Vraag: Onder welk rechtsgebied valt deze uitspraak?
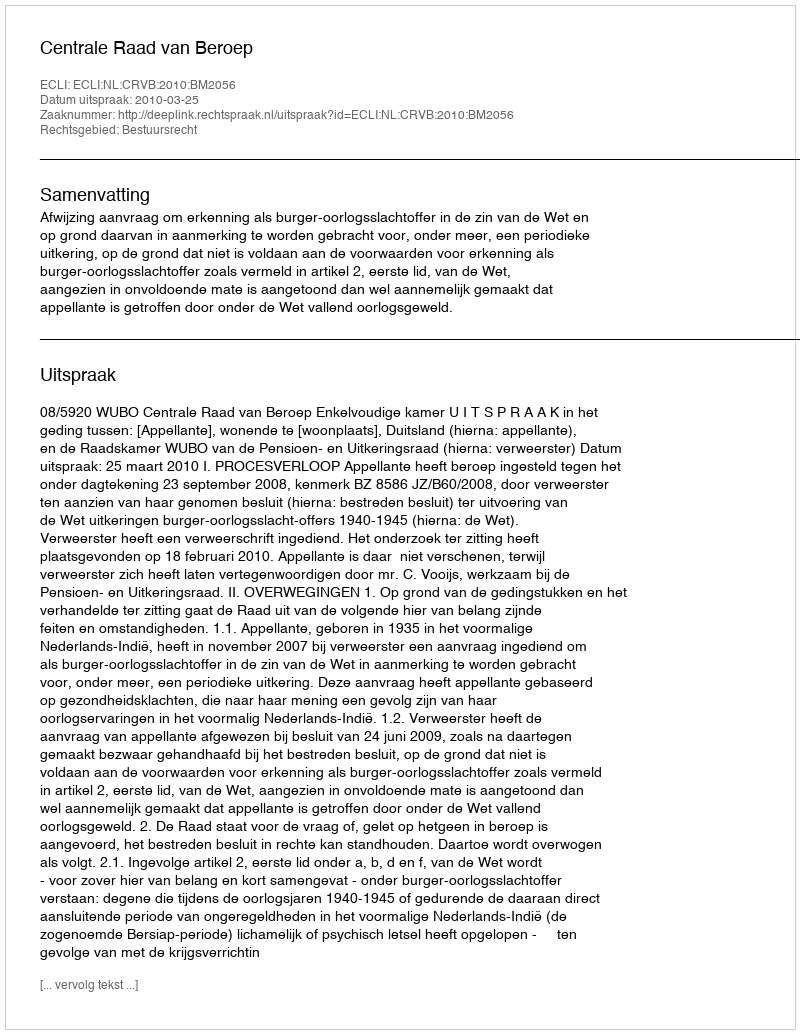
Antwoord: Bestuursrecht